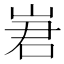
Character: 㟒